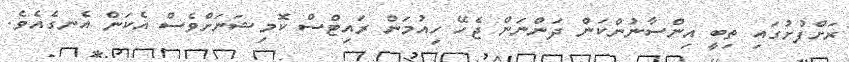
ރަށްފުށުގައި ތިބީ އިންސާނުންކަން ދަންނަން ޖެހޭ ހިއުމަން ރައިޓްސް ކޮމިޝަނަށްވެސް އެކަން އެނގެއެވެ.